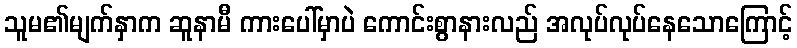
သူမ၏မျက်နှာက ဆူနာမီ ကားပေါ်မှာပဲ ကောင်းစွာနားလည် အလုပ်လုပ်နေသောကြောင့်